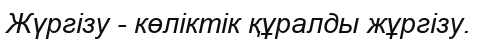
Жүргізу - көліктік құралды жұргізу.